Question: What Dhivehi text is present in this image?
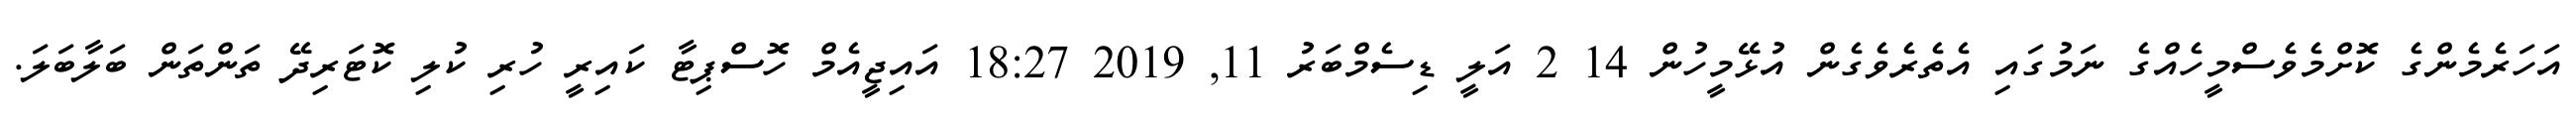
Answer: އަހަރެމެންގެ ކޮށްމެވެސްމީހެއްގެ ނަމުގައި އެތެރެވެގެން އުޅޭމީހުން 14 2 އަލީ ޑިސެމްބަރު 11, 2019 18:27 އައިޖީއެމް ހޮސްޕިޓާ ކައިރީ ހުރި ކުލި ކޮޓަރިދޭ ތަންތަން ބަލާބަލަ.